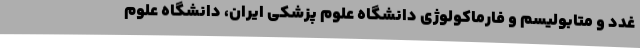
غدد و متابولیسم و فارماکولوژی دانشگاه علوم پزشکی ایران، دانشگاه علوم